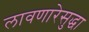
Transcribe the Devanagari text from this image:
लावणारेसुद्धा